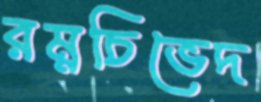
রম্নচিভেদ